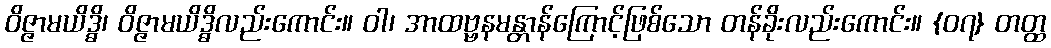
ဝိဇ္ဇာမယိဒ္ဓိ၊ ဝိဇ္ဇာမယိဒ္ဓိလည်းကောင်း။ ဝါ၊ အာထဗ္ဗနမန္တာန်ကြောင့်ဖြစ်သော တန်ခိုးလည်းကောင်း။ {၀၇} တတ္ထ